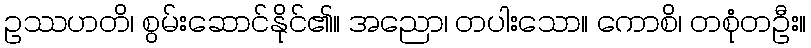
ဥဿဟတိ၊ စွမ်းဆောင်နိုင်၏။ အညော၊ တပါးသော။ ကောစိ၊ တစုံတဦး။